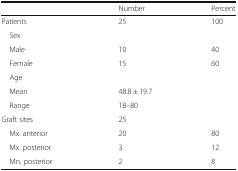
<table><thead><tr><td></td><td><b>Number</b></td><td><b>Percent</b></td></tr></thead><tbody><tr><td>Patients</td><td>25</td><td>100</td></tr><tr><td> Sex</td><td></td><td></td></tr><tr><td> Male</td><td>10</td><td>40</td></tr><tr><td> Female</td><td>15</td><td>60</td></tr><tr><td> Age</td><td></td><td></td></tr><tr><td> Mean</td><td colspan="2">48.8 ± 19.7</td></tr><tr><td> Range</td><td colspan="2">18–80</td></tr><tr><td>Graft sites</td><td>25</td><td></td></tr><tr><td> Mx. anterior</td><td>20</td><td>80</td></tr><tr><td> Mx. posterior</td><td>3</td><td>12</td></tr><tr><td> Mn. posterior</td><td>2</td><td>8</td></tr></tbody></table>